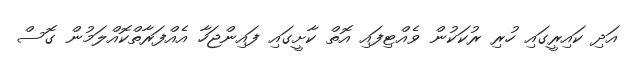
އަދި ކައިރީގައި ހުރި ރުކަކުން ވެއްޓިފައި އޮތް ކާށީގައި ފައިންޖަހާ އެއްފަރާތްކޮއްލަމުން ގޮސް